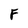
Character: F